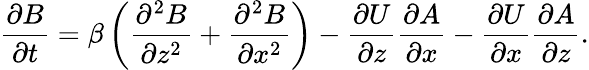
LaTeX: \frac{\partial B}{\partial t}=\beta\left({\frac{\partial^{2}B}{\partial z^{2}}+\frac{\partial^{2}B}{\partial x^{2}}}\right)-\frac{\partial U}{\partial z}\frac{\partial A}{\partial x}-\frac{\partial U}{\partial x}\frac{\partial A}{\partial z}.